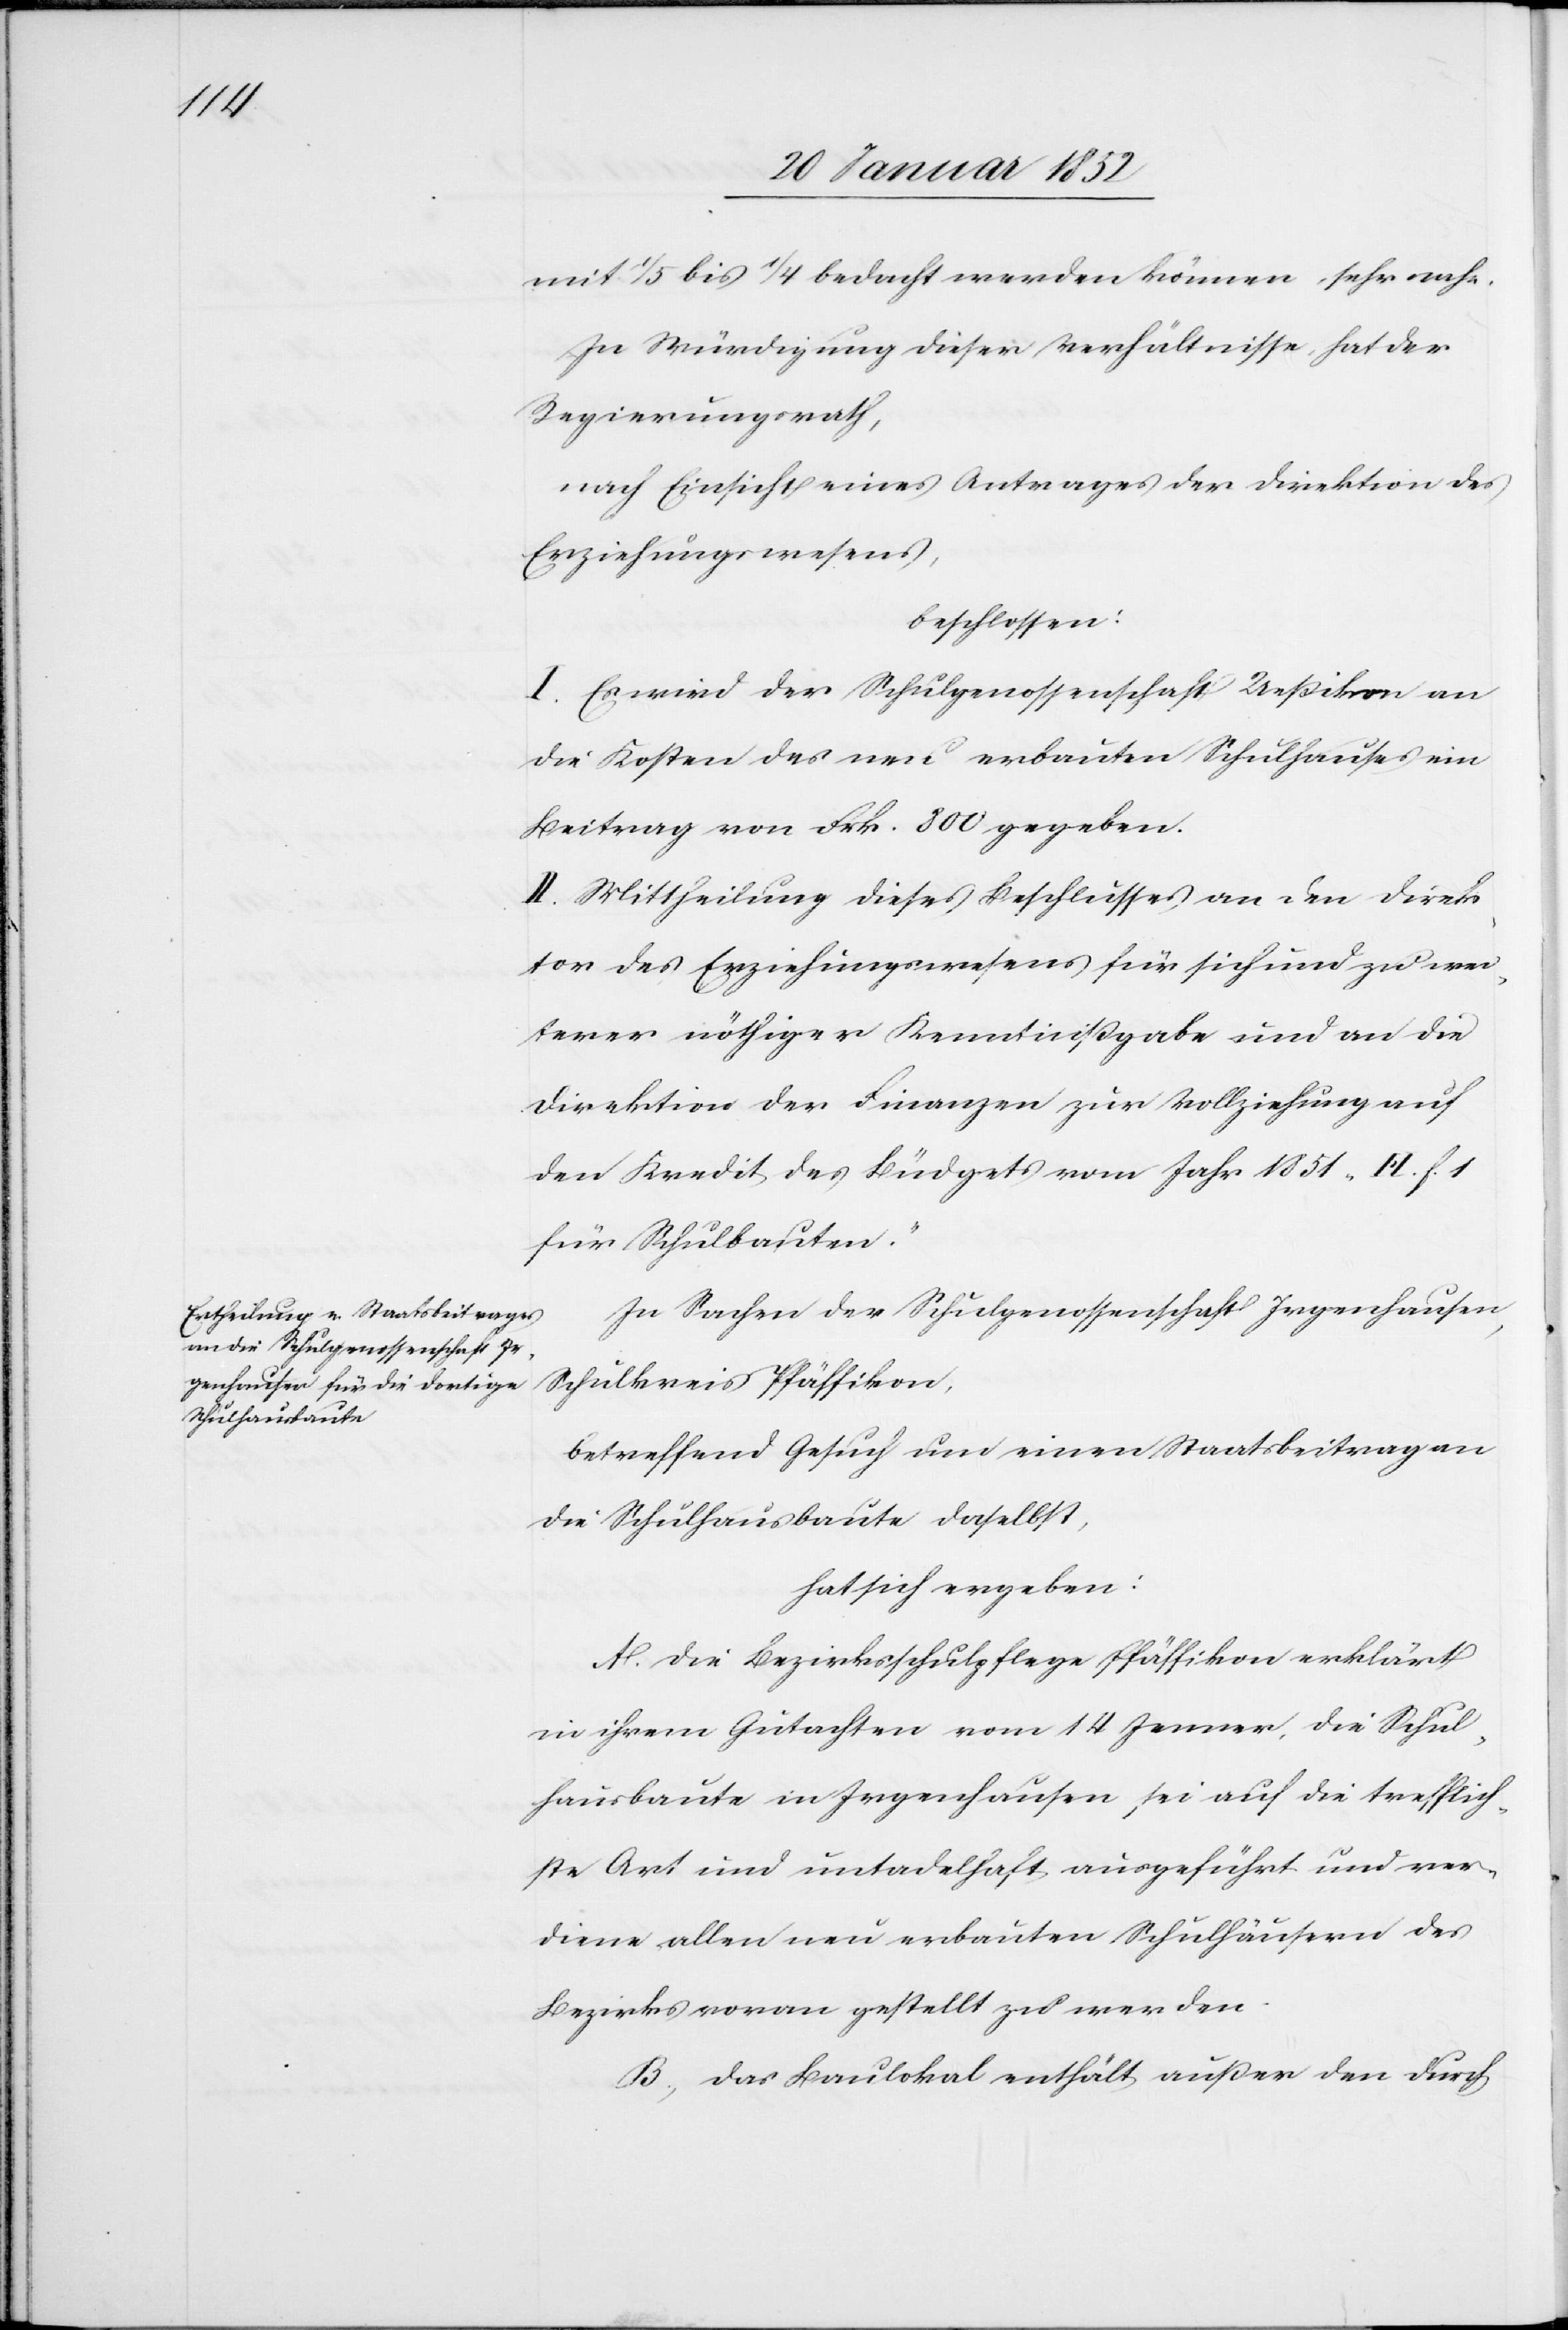
n.“

Schulhausbaute¬

mit 1/5 bis 1/4 bedacht werden können, sehr nahe.
In Würdigung dieser Verhältnisse hat der
Regierungsrath,
nach Einsicht eines Antrages der Direktion des
Erziehungswesens,
beschlossen:
I. Es wird der Schulgenossenschaft Ueßikon an
die Kosten des neu erbauten Schulhauses ein
Beitrag von Frk. 800 gegeben.
II. Mittheilung dieses Beschlusses an die Direk¬
tion des Erziehungswesens für sich und zu wei¬
terer nöthiger Kenntnißgabe und an die
Direktion der Finanzen zur Vollziehung auf
den Kredit des Büdgets vom Jahr 1851, „H. f. 1
In Sachen der Schulgenossenschaft Irgenhausen,
Schulkreis Pfäffikon,
betreffend Gesuch und einen Staatsbeitrag an
die Schulhausbaute daselbst,
hat sich ergeben:
A. Die Bezirksschulpflege Pfäffikon erklärt
in ihrem Gutachten vom 14 Jenner, die Schul¬
hausbaute in Irgenhausen sei auf die trefflich¬
ste Art und untadelhaft ausgeführt und ver¬
diene allen neu erbauten Schulhäusern des
Bezirks voran gestellt zu werden.
B. Das Baulokal enthält außer den durch